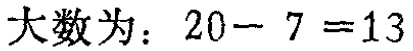
大数为：\(20 - 7 = 13\)